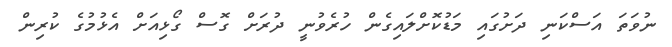
ނުވަތަ އަސްކަނި ދަށުގައި މަޑުކޮށްލައިގެން ހުރެވުނީ ދުރަށް ގޮސް ގޯޅިއަށް އެޅުމުގެ ކުރިން